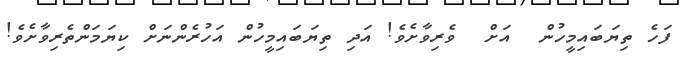
ފަހެ ތިޔަބައިމީހުން  އަށް  ވެރިވާށެވެ! އަދި ތިޔަބައިމީހުން އަހުރެންނަށް ކިޔަމަންތެރިވާށެވެ!